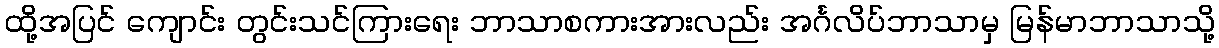
ထို့အပြင် ကျောင်း တွင်းသင်ကြားရေး ဘာသာစကားအားလည်း အင်္ဂလိပ်ဘာသာမှ မြန်မာဘာသာသို့